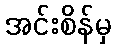
အင်းစိန်မှ